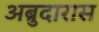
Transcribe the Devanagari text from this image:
अब्रुदारास